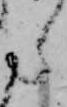
ら